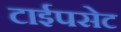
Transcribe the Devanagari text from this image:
टाईपसेट